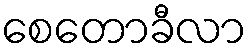
စေတောခီလာ